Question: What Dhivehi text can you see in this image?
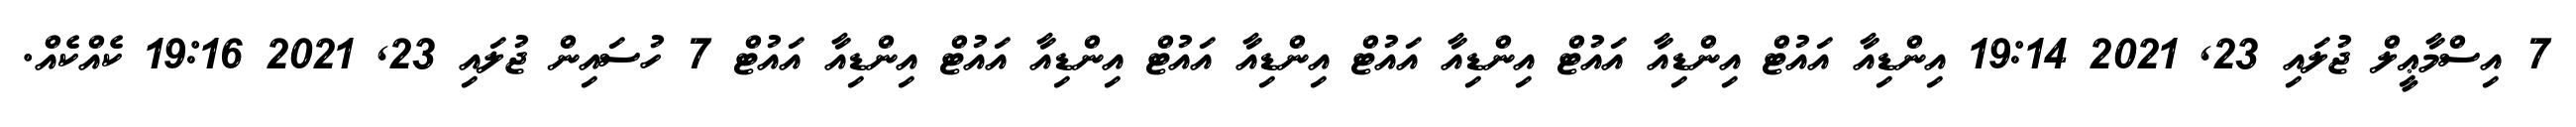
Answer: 7 އިސްމާޢީލް ޖުލައި 23, 2021 19:14 އިންޑިއާ އައުޓް އިންޑިއާ އައުޓް އިންޑިއާ އައުޓް އިންޑިއާ އައުޓް އިންޑިއާ އައުޓް އިންޑިއާ އައުޓް 7 ހުސައިން ޖުލައި 23, 2021 19:16 ކެއްކެއް.